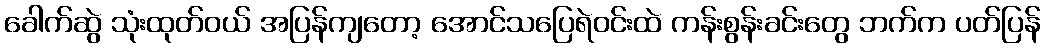
ခေါက်ဆွဲ သုံးထုတ်ဝယ် အပြန်ကျတော့ အောင်သပြေရဲဝင်းထဲ ကန်းစွန်းခင်းတွေ ဘက်က ပတ်ပြန်